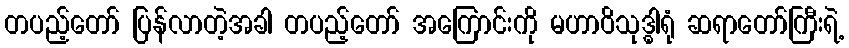
တပည့်တော် ပြန်လာတဲ့အခါ တပည့်တော် အကြောင်းကို မဟာဝိသုဒ္ဓါရုံ ဆရာတော်ကြီးရဲ့